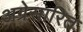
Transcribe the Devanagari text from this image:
अग्रेसारित